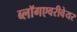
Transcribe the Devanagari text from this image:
ब्लॉगएवरीवेयर